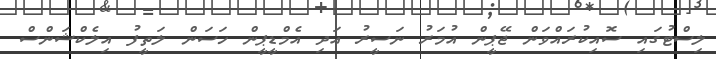
ލިސްޓުގައި ސޮއިކުރައްވަން ޖޭޕީން އުމަރު ނަސީރު އަދި އެމްޑީޕީން ހަސަން ލަތީފު އިލެކްޝަންސް